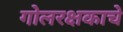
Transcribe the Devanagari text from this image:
गोलरक्षकाचे